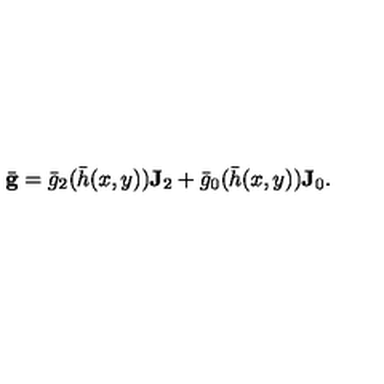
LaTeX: \bar { \mathbf { g } } = \bar { g } _ { 2 } ( \bar { h } ( x , y ) ) \mathbf { J } _ { 2 } + \bar { g } _ { 0 } ( \bar { h } ( x , y ) ) \mathbf { J } _ { 0 } .